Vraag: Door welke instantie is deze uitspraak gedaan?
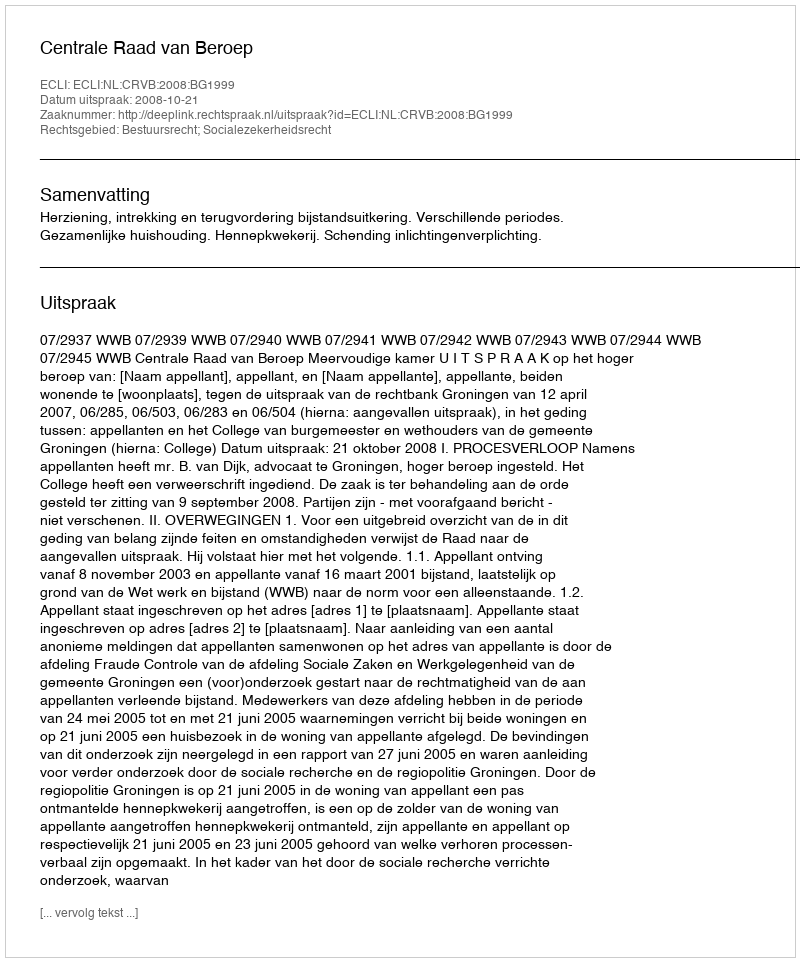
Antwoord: Centrale Raad van Beroep